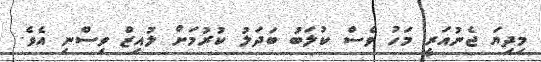
މިދިޔަ ޖެނުއަރީ މަހު ވެސް ކުލަބު ބަދަލު ކުރުމަށް ލުއިޒް ވިސްނި އެވެ.